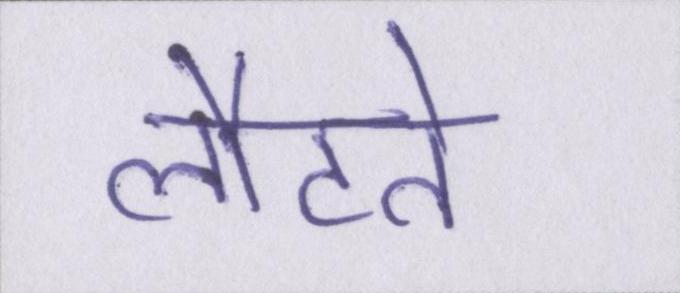
लौटते